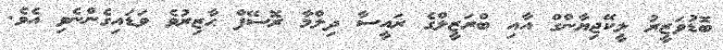
ބޮޑުވަޒީރު ލީކޭޖިޔާންގް އާއި ބްރަޒީލްގެ ރައީސާ ދިލްމާ ރޮސޭފް ޙާޒިރުވެ ވަޑައިގެންނެވި އެވެ.